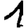
Digit: 1